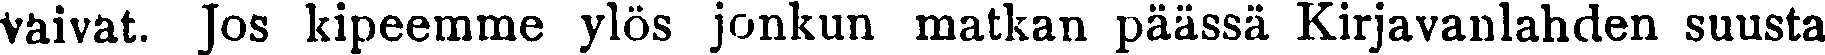
vaivat. jos kipeemme ylös jonkun matkan päässä Kirjavanlahden suusta